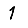
Digit: 1